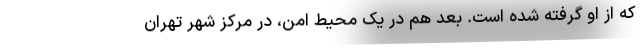
که از او گرفته شده است. بعد هم در یک محیط امن، در مرکز شهر تهران